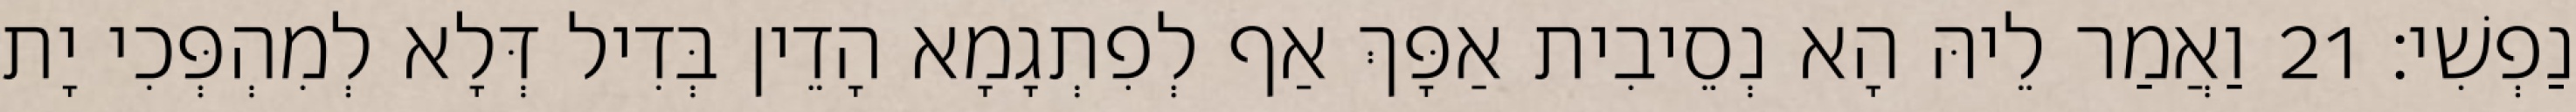
נַפְשִׁי׃ 21 וַאֲמַר לֵיהּ הָא נְסֵיבִית אַפָּךְ אַף לְפִתְגָמָא הָדֵין בְּדִיל דְּלָא לְמִהְפְּכִי יָת